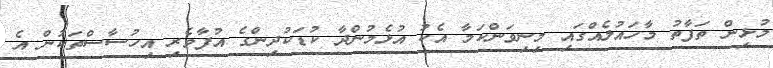
މުޅިން ތަފާތު މާހައުލެއްގައި މިނިވަންކަމާ އެކު އުޅެމުންދާ ކުޑަކުދިންގެ އުފާވެރި އިހުސާސްތަކުން އެ